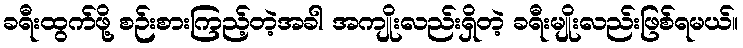
ခရီးထွက်ဖို့ စဉ်းစားကြည့်တဲ့အခါ အကျိုးလည်းရှိတဲ့ ခရီးမျိုးလည်းဖြစ်ရမယ်။